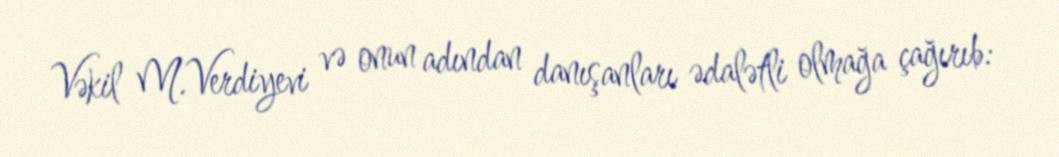
Vəkil M.Verdiyevi və onun adından danışanları ədalətli olmağa çağırıb: